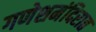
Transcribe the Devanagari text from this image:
गणेशमंदिरात